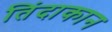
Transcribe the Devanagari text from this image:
तिंदाकान